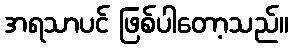
အရသာပင် ဖြစ်ပါတော့သည်။